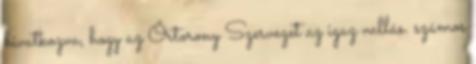
hivatkozva, hogy az Őrtorony Szervezet az igaz vallás. számos